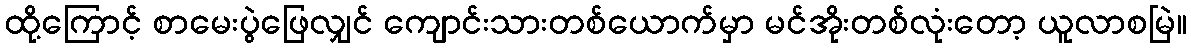
ထို့ကြောင့် စာမေးပွဲဖြေလျှင် ကျောင်းသားတစ်ယောက်မှာ မင်အိုးတစ်လုံးတော့ ယူလာစမြဲ။